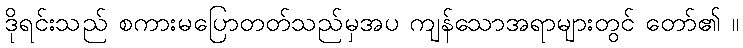
ဒိုရင်းသည် စကားမပြောတတ်သည်မှအပ ကျန်သောအရာများတွင် တော်၏ ။